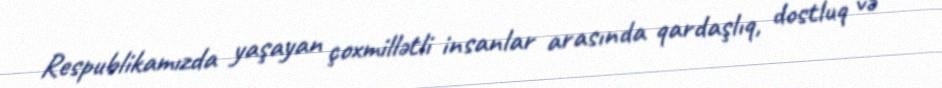
Respublikamızda yaşayan çoxmillətli insanlar arasında qardaşlıq, dostluq və